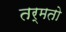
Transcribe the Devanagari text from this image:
तर्मतो